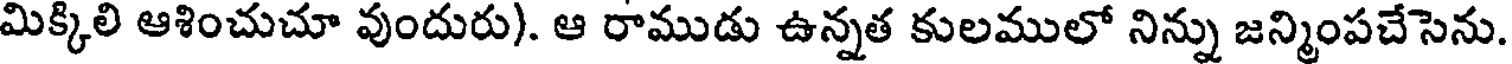
మిక్కిలి ఆశించుచూ వుందురు). ఆ రాముడు ఉన్నత కులములో నిన్ను జన్మింపచేసెను.